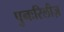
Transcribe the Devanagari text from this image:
पुनःरिलीज़